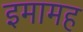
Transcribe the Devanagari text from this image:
इमामह